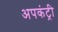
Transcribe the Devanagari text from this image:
अपकंट्री